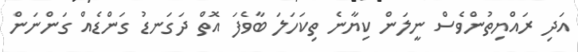
އަދި ރައްޔިތުންވެސް ނީލަން ކިޔާނެ ތިކަހަލަ ބާވެފަ އޮތް ދަގަނޑު ގަންޑެއް ގަންނަން